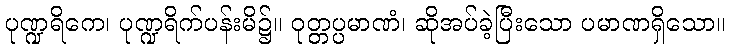
ပုဏ္ဍရိကေ၊ ပုဏ္ဍရိက်ပန်းမိ၌။ ဝုတ္တပ္ပမာဏံ၊ ဆိုအပ်ခဲ့ပြီးသော ပမာဏရှိသော။